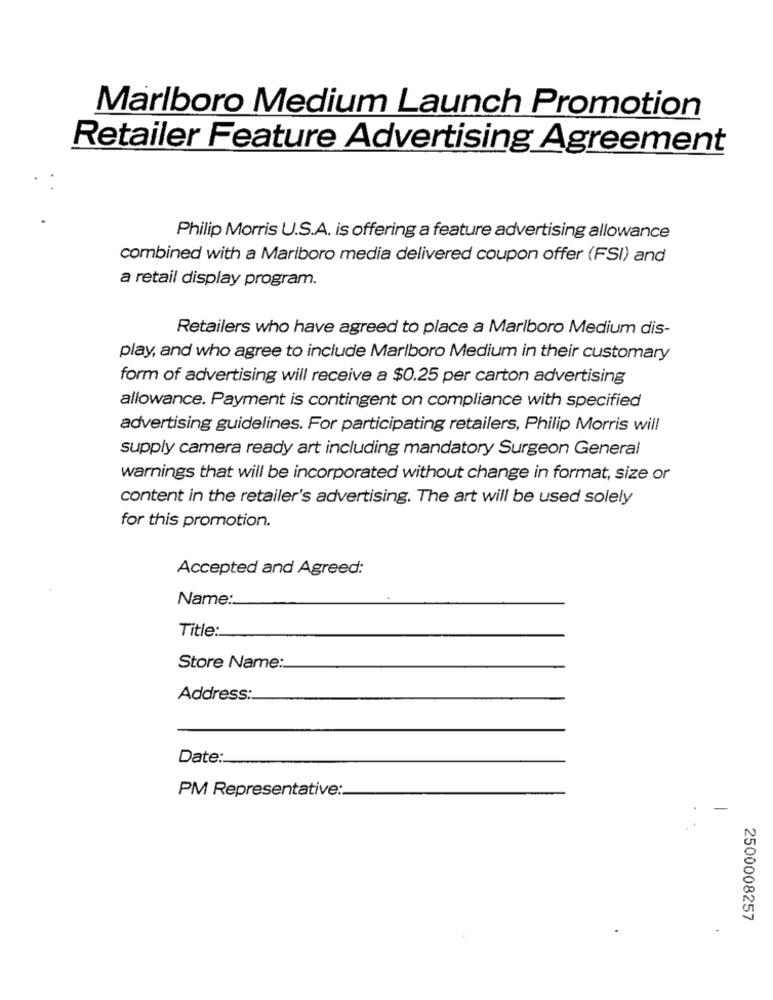
Marlboro Medium Launch Promotion
Retailer Feature Advertising Agreement
Philip Morris U.S.A. is offering a feature advertising allowance
combined with a Marlboro media delivered coupon offer (FSI) and
a retail display program.
Retailers who have agreed to place a Marlboro Medium dis-
play, and who agree to include Marlboro Medium in their customary
form of advertising will receive a $0.25 per carton advertising
allowance. Payment is contingent on compliance with specified
advertising guidelines. For participating retailers, Philip Morris will
supply camera ready art including mandatory Surgeon General
warnings that will be incorporated without change in format, size or
content in the retailer's advertising. The art will be used solely
for this promotion.
Accepted and Agreed:
Name:
Title:
Store Name:
Address:
Date:
PM Representative:
-
2500008257